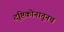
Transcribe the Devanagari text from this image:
दृष्टिकोनातूनच